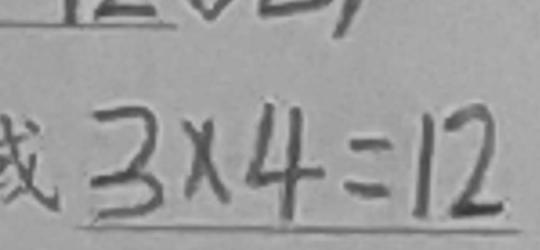
3 \times 4 = 1 2